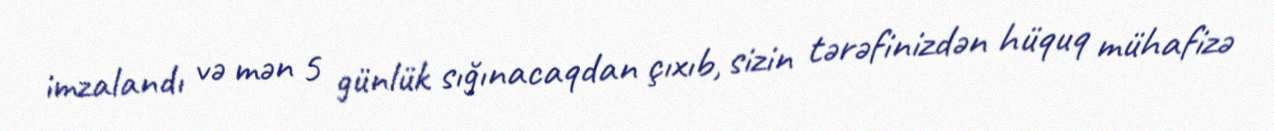
imzalandı və mən 5 günlük sığınacaqdan çıxıb, sizin tərəfinizdən hüquq mühafizə